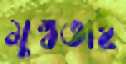
মুগ্ধতাই